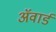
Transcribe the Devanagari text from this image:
अॅवार्ड